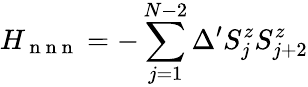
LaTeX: H_{\mathrm{~n~n~n~}}=-\sum_{j=1}^{N-2}\Delta^{\prime}S_{j}^{z}S_{j+2}^{z}